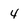
Character: 4